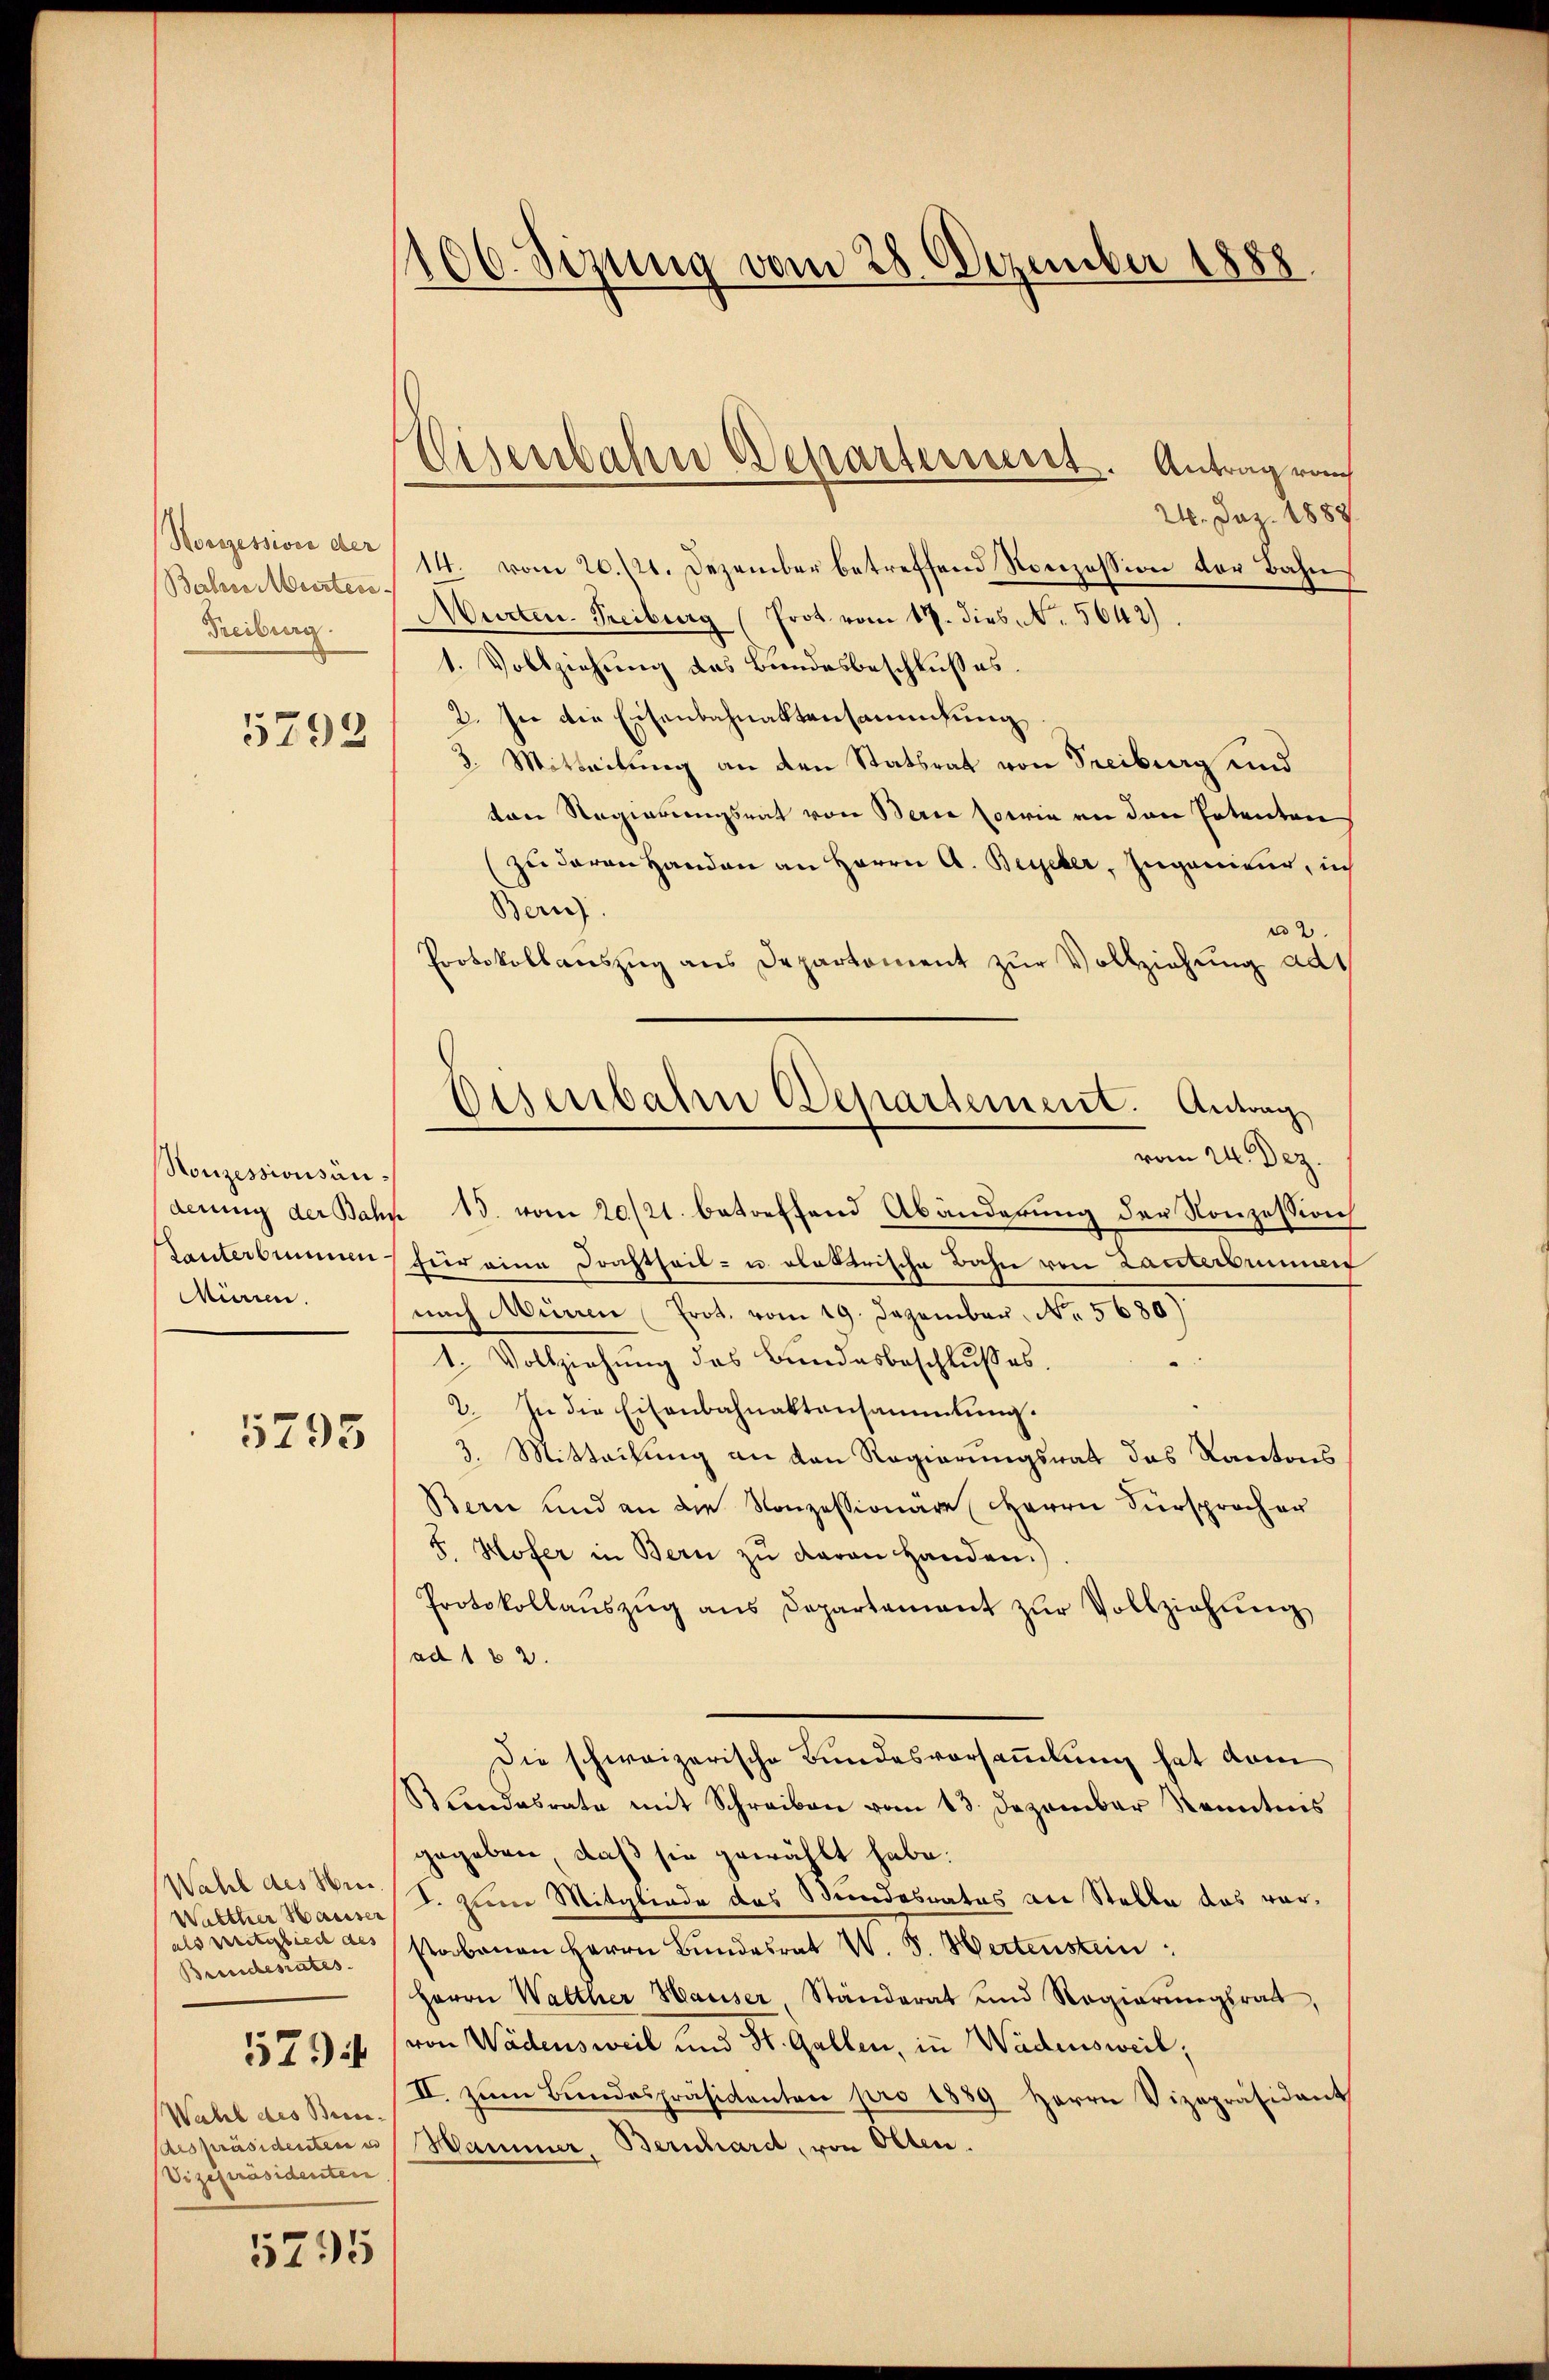
Norozession der
Bahre Meisten
Freiburg.
5793

Nonzessionsän¬
Tanterbummen.
Miren.

5795

Wahl des Hei
Walther Hauser
als weitiglied des
Brendesrates.
574
Wahl des Benedespräsidenten e
Vizepräsidenten.

5795

106. Sizung vom 28. Dezember 1888.

Nisenbahn Departerniert. Antrag rauch

24. Jaz. 1889
14. vom 20./21. Dezember betreffend Konzession der Bahn
Murten Freiburg (Prot. vom 17. dies N. 5642).
1. Vollziehung des Bundesbeschlußes.
2. In die Eisenbahnaktensammlung
2. Mitteilung an den Statsrat von Freiburg und
ton Regierungsrat von Berne sowie an den Petenten
(zu davon Handen an Herrn A. Begeber, Ingenieur, in
Bern
2.
Protokollauszug aus Departement zur Vollziehung ad
derung der Bahn 15. vom 20./21. betreffend Abänderung der Konzession
für eine Drahtheil- u. elektrische Bahn von Lanterbummen
nach Mürren Prot. vom 19. Dezember No. 5680)
.
1. Vollziehung des Bundesbeschlusses.
2. In die Eisenbahnaktensammlung.
3. Mitteilung an den Regierungsrat das Kantons
Bern und an die Konzessionäre Herrn Fürsprocher
5. Hofer in Bern zu davon Handen.
Protokollaŭszŭg ans Departament zŭr Vollziehŭng
ad 162.
Die schweizerische Bundesvorsammlung hat dam
Standesrate mit Schreiben vom 13. Dezember Kenntnis
gegeben, daß sie gewählt habe.
F. zum Mitgliede des Stundesrates an Stelle das vorstabenen Herrn Bundesrat W. B. Hertenstein:
Herrn Walther Hauser, Ständerat und Regierŭngsrath,
von Wädensweil und St. Gallen, in Wädensweil;
II. zŭm Bŭndespräsidenten pro 1889 herrn Vizepräsident
Hammer, Bernhard, von Olten.

Eisenbahre Departement. Antrag
vom 24. Dez.